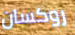
روكسان